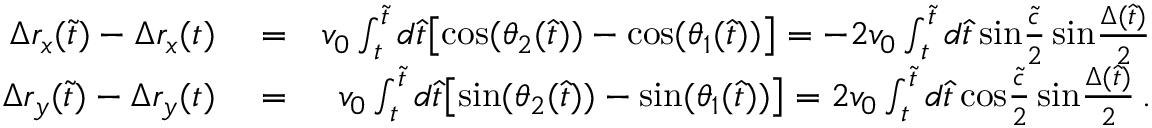
\begin{array} { r l r } { \Delta r _ { x } ( \tilde { t } ) - \Delta r _ { x } ( t ) } & { { } = } & { v _ { 0 } \int _ { t } ^ { \tilde { t } } d \hat { t } \big [ \mathrm { c o s } ( \theta _ { 2 } ( \hat { t } ) ) - \mathrm { c o s } ( \theta _ { 1 } ( \hat { t } ) ) \big ] = - 2 v _ { 0 } \int _ { t } ^ { \tilde { t } } d \hat { t } \, \mathrm { s i n } { \frac { \tilde { c } } { 2 } } \, \mathrm { s i n } { \frac { \Delta ( \hat { t } ) } { 2 } } } \\ { \Delta r _ { y } ( \tilde { t } ) - \Delta r _ { y } ( t ) } & { { } = } & { v _ { 0 } \int _ { t } ^ { \tilde { t } } d \hat { t } \big [ \mathrm { s i n } ( \theta _ { 2 } ( \hat { t } ) ) - \mathrm { s i n } ( \theta _ { 1 } ( \hat { t } ) ) \big ] = 2 v _ { 0 } \int _ { t } ^ { \tilde { t } } d \hat { t } \, \mathrm { c o s } { \frac { \tilde { c } } { 2 } } \, \mathrm { s i n } { \frac { \Delta ( \hat { t } ) } { 2 } } \, . } \end{array}